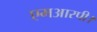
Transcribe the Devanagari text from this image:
एमआरपी।